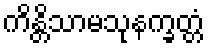
ကိန္တိသာမသုနက္ခတ္တံ